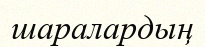
шаралардың